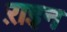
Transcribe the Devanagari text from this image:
ऱाइन